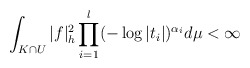
\begin{align*}\int_{K \cap U} |f|^2_h\prod_{i=1}^l(-\log |t_i|)^{\alpha_i} d\mu < \infty\end{align*}